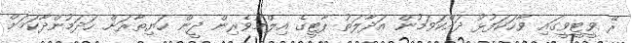
ރޭ ވީޓީވީގައި ވާހަކަފުޅު ދައްކަވަމުން އަދާލަތު ޕާޓީގެ އިލްމުވެރިން ދީން ހަޔިތާރަށް ހަދަމުންދާކަމަށް